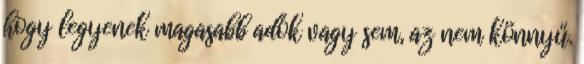
hogy legyenek magasabb adók vagy sem, az nem könnyű.